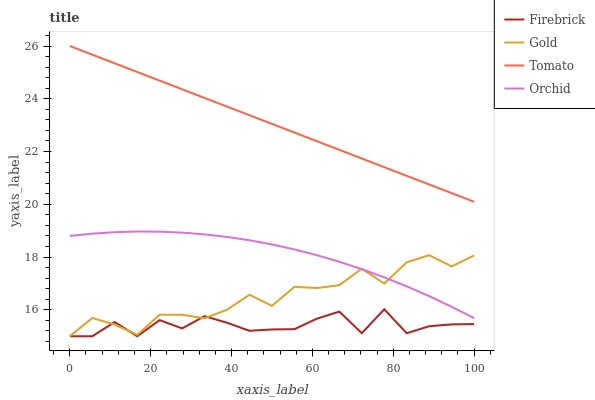
| xaxis_label | Firebrick | Gold | Tomato | Orchid |
 | --- | --- | --- | --- | --- |
 | 0 | 15 | 15 | 26 | 18.8 |
 | 5.56 | 15 | 15.7 | 25.7 | 18.9 |
 | 11.1 | 15.5 | 15.4 | 25.3 | 18.9 |
 | 16.7 | 15 | 15.1 | 25 | 19 |
 | 22.2 | 15.6 | 15.8 | 24.7 | 19 |
 | 27.8 | 15.3 | 15.8 | 24.4 | 18.9 |
 | 33.3 | 15.8 | 15.7 | 24 | 18.9 |
 | 38.9 | 15.5 | 16 | 23.7 | 18.8 |
 | 44.4 | 15.2 | 16.6 | 23.4 | 18.6 |
 | 50 | 15.3 | 16.2 | 23 | 18.5 |
 | 55.6 | 15.3 | 16.9 | 22.7 | 18.3 |
 | 61.1 | 15.7 | 16.8 | 22.4 | 18.1 |
 | 66.7 | 15.9 | 16.9 | 22.1 | 17.8 |
 | 72.2 | 15.1 | 17.6 | 21.7 | 17.5 |
 | 77.8 | 16 | 17 | 21.4 | 17.2 |
 | 83.3 | 15.1 | 17.8 | 21.1 | 16.9 |
 | 88.9 | 15.4 | 18.1 | 20.8 | 16.5 |
 | 94.4 | 15.4 | 17.6 | 20.4 | 16.1 |
 | 100 | 15.5 | 18.1 | 20.1 | 15.7 |